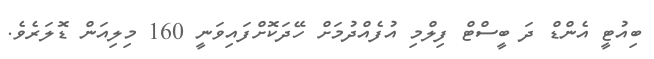
ބިއުޓީ އެންޑް ދަ ބީސްޓް ފިލްމި އުފެއްދުމަށް ހޭދަކޮށްފައިވަނީ 160 މިލިއަން ޑޮލަރެވެ.